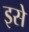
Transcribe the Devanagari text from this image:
इसे